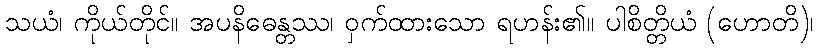
သယံ၊ ကိုယ်တိုင်။ အပနိဓေန္တဿ၊ ဝှက်ထားသော ရဟန်း၏။ ပါစိတ္တိယံ (ဟောတိ)၊